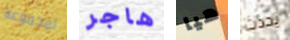
لمجموعة هاجر هيا يحدث